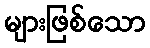
များဖြစ်သော